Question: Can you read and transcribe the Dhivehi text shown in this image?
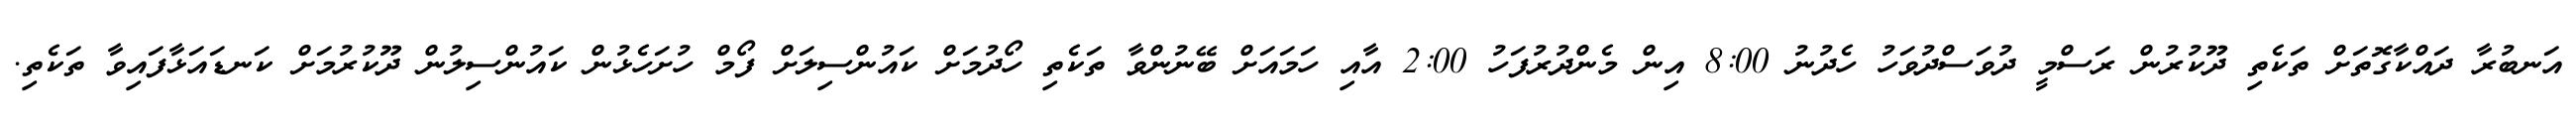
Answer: އަނބުރާ ދައްކާގޮތަށް ތަކެތި ދޫކުރުން ރަސްމީ ދުވަސްދުވަހު ހެދުނު 8:00 އިން މެންދުރުފަހު 2:00 އާއި ހަމައަށް ބޭނުންވާ ތަކެތި ހޯދުމަށް ކައުންސިލަށް ފޯމް ހުށަހެޅުން ކައުންސިލުން ދޫކުރުމަށް ކަނޑައަޅާފައިވާ ތަކެތި.